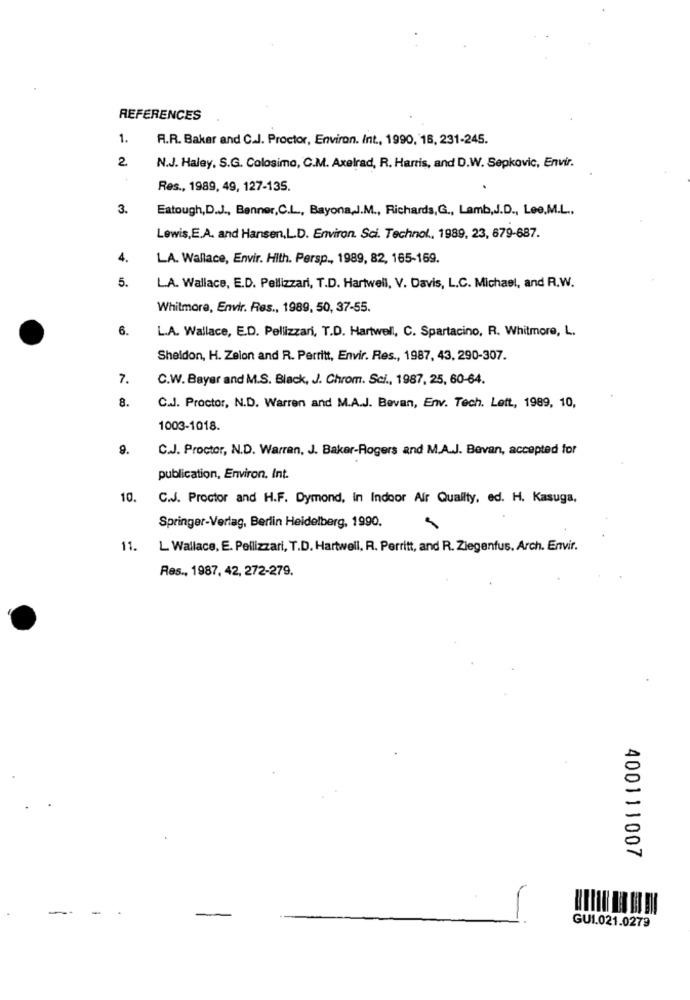
REFERENCES
1.
A.R. Baker and C.J. Proctor, Environ. Int ., 1990, 16, 231-245.
2.
N.J. Haley, S.G. Colosimo, C.M. Axelrad, R. Harris, and D.W. Sepkovic, Envir.
Res ., 1989, 49, 127-135.
3.
Eatough,D.J ., Benner,C.L ., Bayona,J.M ., Richards,G ., Lamb,J.D ., Lee,M.L .,
Lewis,E.A. and Hansen,L.D. Environ. Sci. Technol ., 1989, 23, 679-687.
4.
LA. Wallace, Envir. Hith. Persp ., 1989, 82, 165-169.
5.
L.A. Wallace, E.D. Pellizzari, T.D. Hartwell, V. Davis, L.C. Michael, and R.W.
Whitmore, Envir. Res ., 1989, 50, 37-55.
6.
L.A. Wallace, E.D. Pellizzari, T.D. Hartwell, C. Spartacino, R. Whitmore, L.
Sheldon, H. Zeion and R. Perritt, Envir. Res ., 1987, 43, 290-307.
7.
C.W. Bayer and M.S. Black, J. Chrom. Sci ., 1987, 25, 60-64.
8.
C.J. Proctor, N.D. Warren and M.A.J. Bevan, Env. Tech. Left, 1989, 10,
1003-1018.
9.
C.J. Proctor, N.D. Warren, J. Baker-Rogers and M.A.J. Bevan, accepted for
publication, Environ, Int.
10.
C.J. Proctor and H.F. Dymond, In Indoor Air Quality, ed. H. Kasuga,
Springer-Verlag, Berlin Heidelberg, 1990.
11.
L Wallace, E. Pellizzari, T.D. Hartwell, R. Perritt, and R. Ziegenfus. Arch. Envir.
Res ., 1987, 42, 272-279.
400111007
GUI.021.0279